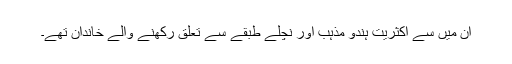
ان میں سے اکثریت ہندو مذہب اور نچلے طبقے سے تعلق رکھنے والے خاندان تھے۔